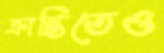
ক্রান্তিতেও